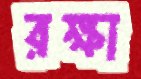
রক্ষা